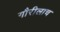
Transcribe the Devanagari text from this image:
गौरीलाच